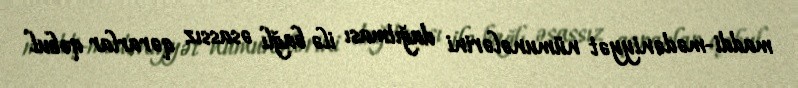
maddi-mədəniyyət nümunələrini dağıtması ilə bağlı əsassız qərarlar qəbul